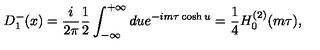
D _ { 1 } ^ { - } ( x ) = { \frac { i } { 2 \pi } } { \frac { 1 } { 2 } } \int _ { - \infty } ^ { + \infty } d u e ^ { - i m \tau \cosh u } = { \frac { 1 } { 4 } } H _ { 0 } ^ { ( 2 ) } ( m \tau ) ,